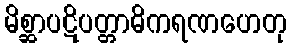
မိစ္ဆာပဋိပတ္တာဓိကရဏဟေတု